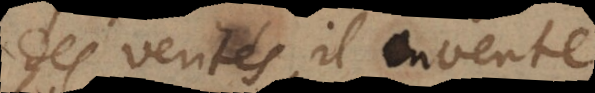
des verités, il invente